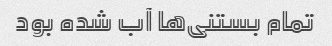
تمام بستنی‌ها آب شده بود